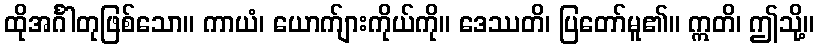
ထိုအင်္ဂါတုဖြစ်သော။ ကာယံ၊ ယောက်ျားကိုယ်ကို။ ဒေဿတိ၊ ပြတော်မူ၏။ ဣတိ၊ ဤသို့။